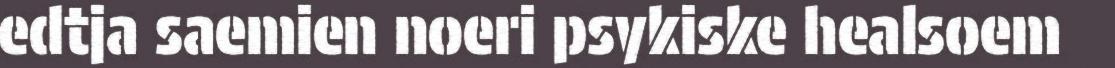
edtja saemien noeri psykiske healsoem